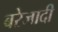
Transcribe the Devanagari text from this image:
बरेजादी